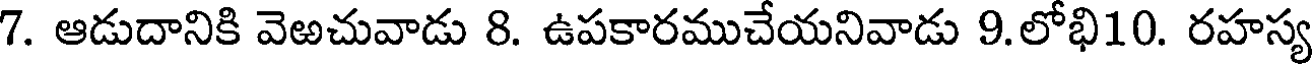
7. ఆడుదానికి వెఱచువాడు 8. ఉపకారముచేయనివాడు 9.లోభి10. రహస్య